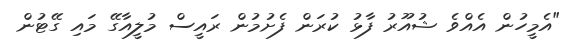
"އެމީހުން އެއްވެ ޝުއޫރު ފާޅު ކުރަން ފެށުމުން ރައީސް މުލީއާގޭ މައި ގޭޓުން